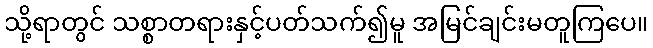
သို့ရာတွင် သစ္စာတရားနှင့်ပတ်သက်၍မူ အမြင်ချင်းမတူကြပေ။